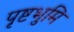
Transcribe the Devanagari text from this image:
पृष्टभुमि